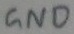
Text: GND